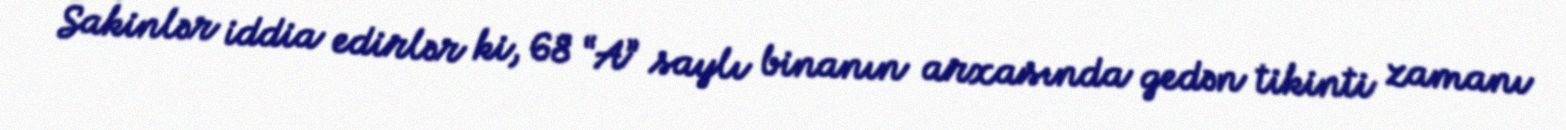
Sakinlər iddia edirlər ki, 68 “A” saylı binanın arxasında gedən tikinti zamanı